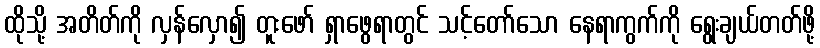
ထိုသို့ အတိတ်ကို လှန်လှော၍ တူးဖော် ရှာဖွေရာတွင် သင့်တော်သော နေရာကွက်ကို ရွေးချယ်တတ်ဖို့